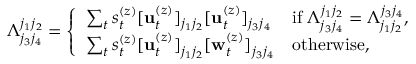
\Lambda _ { j _ { 3 } j _ { 4 } } ^ { j _ { 1 } j _ { 2 } } = \left\{ \begin{array} { l l } { \sum _ { t } s _ { t } ^ { ( z ) } [ \mathbf { u } _ { t } ^ { ( z ) } ] _ { j _ { 1 } j _ { 2 } } [ \mathbf { u } _ { t } ^ { ( z ) } ] _ { j _ { 3 } j _ { 4 } } } & { \mathrm { i f } \; \Lambda _ { j _ { 3 } j _ { 4 } } ^ { j _ { 1 } j _ { 2 } } = \Lambda _ { j _ { 1 } j _ { 2 } } ^ { j _ { 3 } j _ { 4 } } , } \\ { \sum _ { t } s _ { t } ^ { ( z ) } [ \mathbf { u } _ { t } ^ { ( z ) } ] _ { j _ { 1 } j _ { 2 } } [ \mathbf { w } _ { t } ^ { ( z ) } ] _ { j _ { 3 } j _ { 4 } } } & { \mathrm { o t h e r w i s e } , } \end{array} \right.